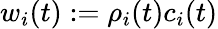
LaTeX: w_{i}(t):=\rho_{i}(t)c_{i}(t)